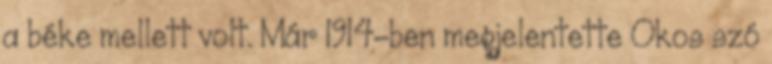
a béke mellett volt. Már 1914-ben megjelentette Okos szó